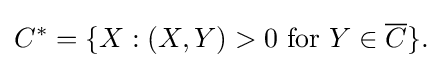
\displaystyle {C^{*}=\{X:(X,Y)>0\,\,\mathrm {for} \,\,Y\in {\overline {C}}\}.}